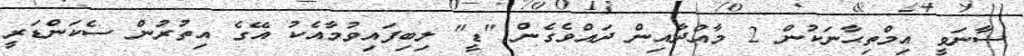
ސާނަވީ އިމްތިޙާނަކުން 2 މާއްދާއިން ދައްވެގެން "ޑީ" ލިބިފައިވުމާއެކު އޭގެ އިތުރުން ސެކަންޑަރީ